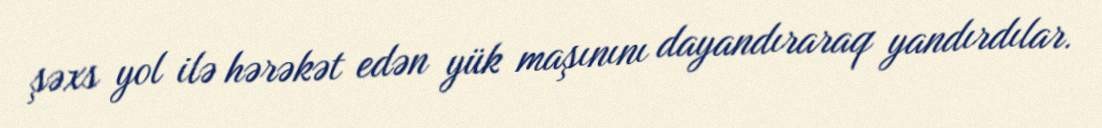
şəxs yol ilə hərəkət edən yük maşınını dayandıraraq yandırdılar.